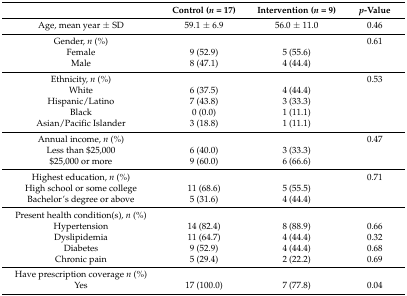
<table><thead><tr><td></td><td><b>Control (<i>n</i> = 17)</b></td><td><b>Intervention (<i>n</i> = 9)</b></td><td><b><i>p</i>-Value</b></td></tr></thead><tbody><tr><td>Age, mean year ± SD</td><td>59.1 ± 6.9</td><td>56.0 ± 11.0</td><td>0.46</td></tr><tr><td>Gender, <i>n</i> (%)</td><td></td><td></td><td>0.61</td></tr><tr><td>Female</td><td>9 (52.9)</td><td>5 (55.6)</td><td></td></tr><tr><td>Male</td><td>8 (47.1)</td><td>4 (44.4)</td><td></td></tr><tr><td>Ethnicity, <i>n</i> (%)</td><td></td><td></td><td>0.53</td></tr><tr><td>White</td><td>6 (37.5)</td><td>4 (44.4)</td><td></td></tr><tr><td>Hispanic/Latino</td><td>7 (43.8)</td><td>3 (33.3)</td><td></td></tr><tr><td>Black</td><td>0 (0.0)</td><td>1 (11.1)</td><td></td></tr><tr><td>Asian/Pacific Islander</td><td>3 (18.8)</td><td>1 (11.1)</td><td></td></tr><tr><td>Annual income, <i>n</i> (%)</td><td></td><td></td><td>0.47</td></tr><tr><td>Less than $25,000</td><td>6 (40.0)</td><td>3 (33.3)</td><td></td></tr><tr><td>$25,000 or more</td><td>9 (60.0)</td><td>6 (66.6)</td><td></td></tr><tr><td>Highest education, <i>n</i> (%)</td><td></td><td></td><td>0.71</td></tr><tr><td>High school or some college</td><td>11 (68.6)</td><td>5 (55.5)</td><td></td></tr><tr><td>Bachelor’s degree or above</td><td>5 (31.6)</td><td>4 (44.4)</td><td></td></tr><tr><td>Present health condition(s), <i>n</i> (%)</td><td></td><td></td><td></td></tr><tr><td>Hypertension</td><td>14 (82.4)</td><td>8 (88.9)</td><td>0.66</td></tr><tr><td>Dyslipidemia</td><td>11 (64.7)</td><td>4 (44.4)</td><td>0.32</td></tr><tr><td>Diabetes</td><td>9 (52.9)</td><td>4 (44.4)</td><td>0.68</td></tr><tr><td>Chronic pain</td><td>5 (29.4)</td><td>2 (22.2)</td><td>0.69</td></tr><tr><td>Have prescription coverage <i>n</i> (%)</td><td></td><td></td><td></td></tr><tr><td>Yes</td><td>17 (100.0)</td><td>7 (77.8)</td><td>0.04</td></tr></tbody></table>